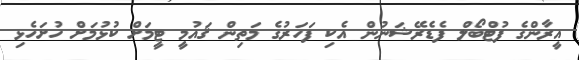
އީރާންގެ ފުޓްބޯލް ފެޑެރޭޝަނުން އެކި ފަހަރުގެ މަތިން ޤައުމީ ޓީމަށް ކުޅުމަށް ހުށަހެޅި